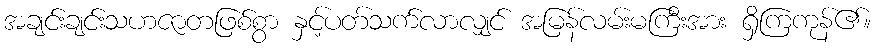
အချင်းချင်းသဟဇာတဖြစ်စွာ နှင့်ပတ်သက်လာလျှင် အမြန်လမ်းမကြီးအား ရှိကြကုန်၏။